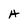
Character: H